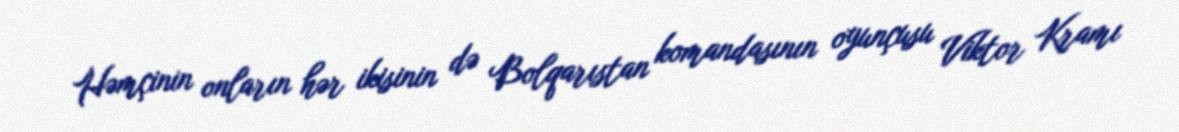
Həmçinin onların hər ikisinin də Bolqarıstan komandasının oyunçusu Viktor Kramı